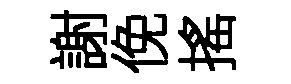
謝俛搖